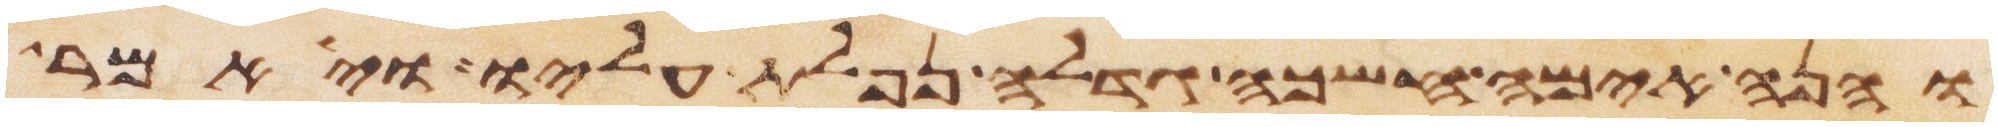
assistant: והנה אימה חשכה גדלה נפלת עליו ויאמר